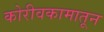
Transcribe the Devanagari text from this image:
कोरीवकामातून